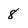
Character: 8